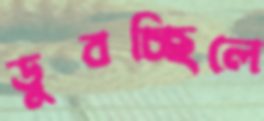
ডুবচ্ছিলে